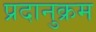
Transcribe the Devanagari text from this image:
प्रदानुक्रम